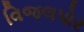
વિજલપોર